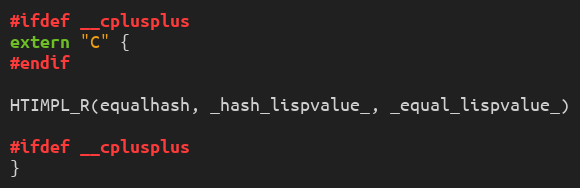
Language: C
#ifdef __cplusplus
extern "C" {
#endif

HTIMPL_R(equalhash, _hash_lispvalue_, _equal_lispvalue_)

#ifdef __cplusplus
}